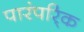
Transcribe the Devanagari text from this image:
पारंपरि्क